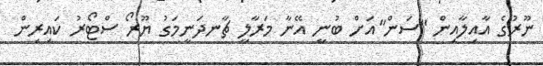
ނޫރުގެ އާއިލާއިން "ސަން"އަށް ބުނީ އޭނާ މަރާލީ ޗާނދަނީމަގު ޔޫރޯ ސްޓޯރު ކައިރިން